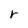
Character: r